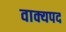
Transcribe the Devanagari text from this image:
वाक्यपद